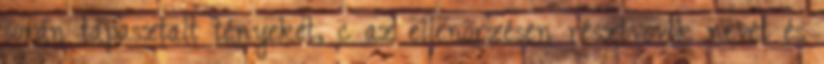
során tapasztalt tényeket, c az ellenõrzésen résztvevõk nevét és